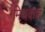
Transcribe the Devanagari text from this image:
मिथकच